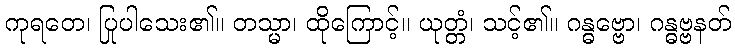
ကုရတေ၊ ပြုပါသေး၏။ တသ္မာ၊ ထိုကြောင့်။ ယုတ္တံ၊ သင့်၏။ ဂန္ဓဗ္ဗော၊ ဂန္ဓဗ္ဗနတ်